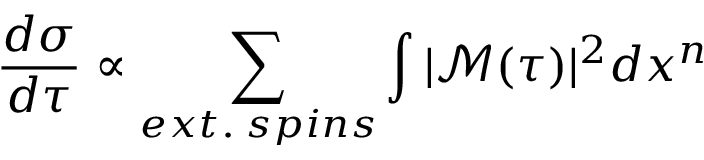
\frac { d \sigma } { d \tau } \propto \sum _ { e x t . \; s p i n s } \int | \mathscr { M } ( \tau ) | ^ { 2 } d x ^ { n }